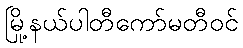
မြို့နယ်ပါတီကော်မတီဝင်